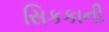
સિકકાની